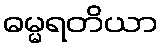
ဓမ္မရတိယာ